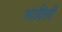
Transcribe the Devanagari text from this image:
भाविसी